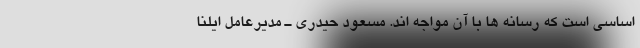
اساسی است که رسانه ها با آن مواجه اند. مسعود حیدری ـ مدیرعامل ایلنا